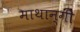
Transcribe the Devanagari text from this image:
माथान्गी